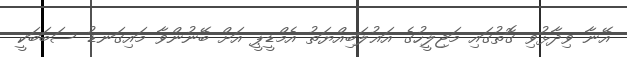
އޭނާ ވިދާޅުވި ގޮތުގައި މަޖިލީހުގެ އަޣުލަބިއްޔަތު އެމްޑީޕީ އަށް ބޭނުންވާ މައިގަނޑު ސަބަބަކީ